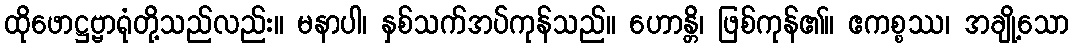
ထိုဖောဋ္ဌဗ္ဗာရုံတို့သည်လည်း။ မနာပါ၊ နှစ်သက်အပ်ကုန်သည်။ ဟောန္တိ၊ ဖြစ်ကုန်၏။ ဧကစ္စဿ၊ အချို့သော